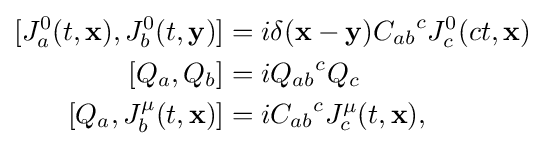
{\begin{aligned}{}[J_{a}^{0}(t,\mathbf {x} ),J_{b}^{0}(t,\mathbf {y} )]&=i\delta (\mathbf {x} -\mathbf {y} ){C_{ab}}^{c}J_{c}^{0}(ct,\mathbf {x} )\\{}[Q_{a},Q_{b}]&=i{Q_{ab}}^{c}Q_{c}\\{}[Q_{a},J_{b}^{\mu }(t,\mathbf {x} )]&=i{C_{ab}}^{c}J_{c}^{\mu }(t,\mathbf {x} ),\end{aligned}}